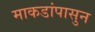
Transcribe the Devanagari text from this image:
माकडांपासुन